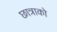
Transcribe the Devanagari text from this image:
छात्राको